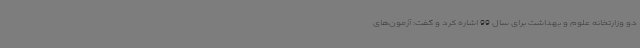
دو وزارتخانه علوم و بهداشت برای سال 99 اشاره کرد و گفت: آزمون‌های